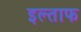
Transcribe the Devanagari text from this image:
इल्ताफ